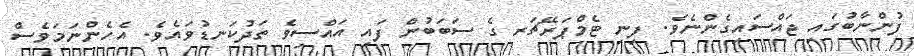
ފުންނާބުގައި ޖައްސައިގެންނެެވެ. ފިނި ޓެމްޕަރޭޗަރ ގެ ސަބަބުން ފައި އައްސިވެ ތަދުކަނޑުވައެވެ. އެހެންނަމަވެސް